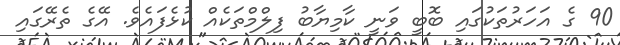
90 ގެ އަހަރުތަކުގައި ބޮބީ ވަނީ ކާމިޔާބު ފިލްމްތަކެއް ކުޅެފައެވެ. އޭގެ ތެރޭގައި